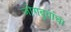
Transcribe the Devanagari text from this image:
जोगबुवांचा